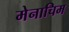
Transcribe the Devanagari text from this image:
मेनाचिम